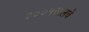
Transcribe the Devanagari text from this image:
२००५सालचे